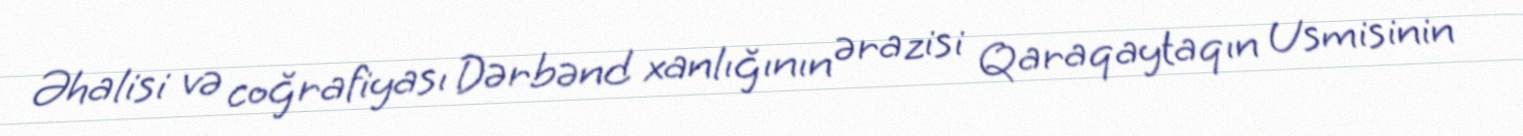
Əhalisi və coğrafiyası Dərbənd xanlığının ərazisi Qaraqaytaqın Usmisinin